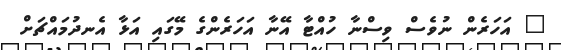
" އަހަރެން ނުވެސް ވިސްނާ ހުއްޓާ އޭނާ އަހަރެންގެ މޭގައި އަޅާ އެނދުމައްޗަށް